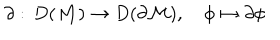
\partial : \, D ( { \cal M } ) \rightarrow D ( \partial { \cal M } ) , \quad \phi \mapsto \partial \phi